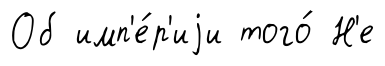
Об имп'е́р'иjи того́ Н'е